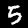
Label: 5